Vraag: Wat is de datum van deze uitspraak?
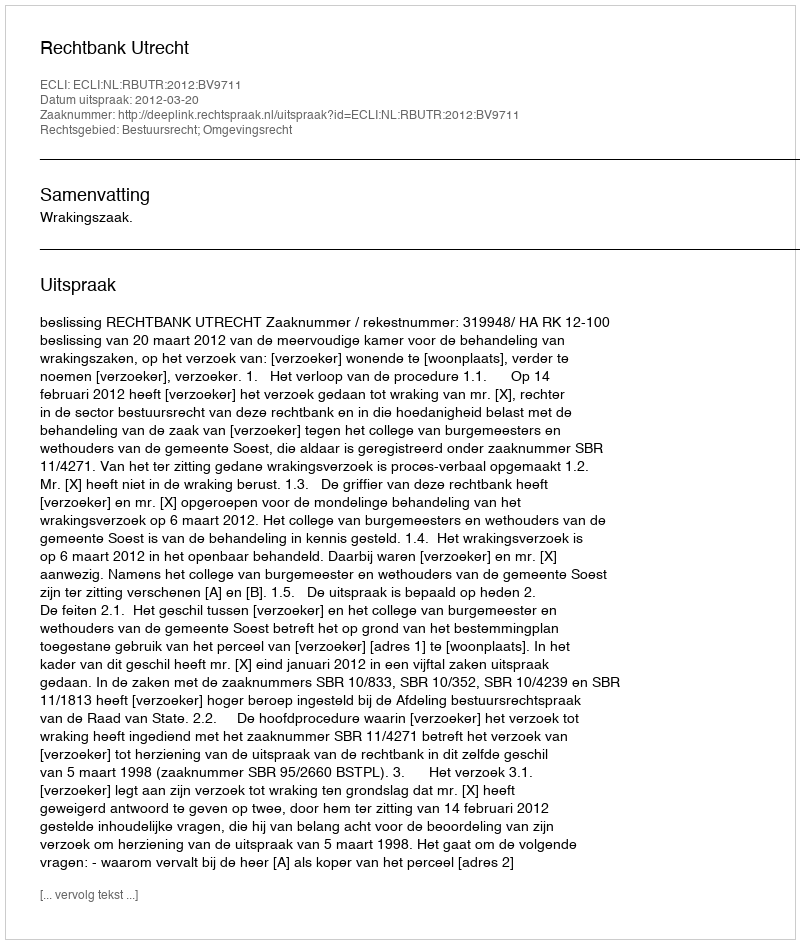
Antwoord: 2012-03-20